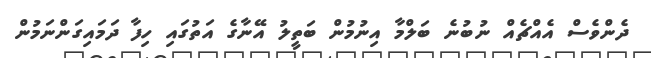
ދެންވެސް އެއްޗެއް ނުބުނެ ބަލްމާ އިނުމުން ބަތީލު އޭނާގެ އަތުގައި ހިފާ ދަމައިގަންނަމުން